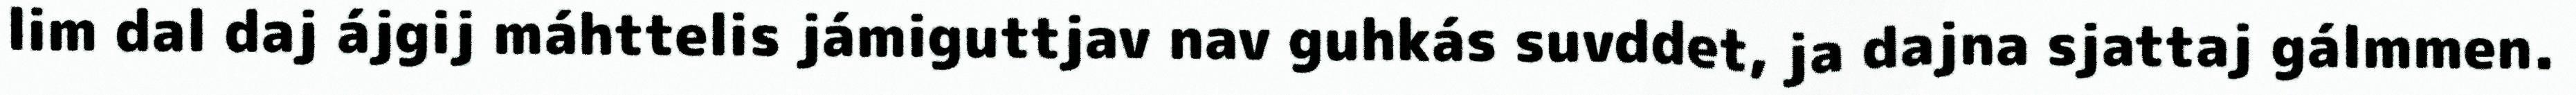
lim dal daj ájgij máhttelis jámiguttjav nav guhkás suvddet, ja dajna sjattaj gálmmen.